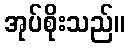
အုပ်စိုးသည်။